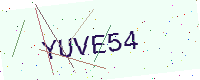
Text: YUVE54